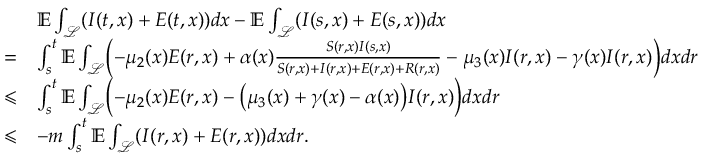
\begin{array} { r l } & { \mathbb { E } \int _ { \mathcal { L } } ( I ( t , x ) + E ( t , x ) ) d x - \mathbb { E } \int _ { \mathcal { L } } ( I ( s , x ) + E ( s , x ) ) d x } \\ { = } & { \int _ { s } ^ { t } \mathbb { E } \int _ { \mathcal { L } } \Bigl ( - \mu _ { 2 } ( x ) E ( r , x ) + \alpha ( x ) \frac { S ( r , x ) I ( s , x ) } { S ( r , x ) + I ( r , x ) + E ( r , x ) + R ( r , x ) } - \mu _ { 3 } ( x ) I ( r , x ) - \gamma ( x ) I ( r , x ) \Bigr ) d x d r } \\ { \leqslant } & { \int _ { s } ^ { t } \mathbb { E } \int _ { \mathcal { L } } \Bigl ( - \mu _ { 2 } ( x ) E ( r , x ) - \bigl ( \mu _ { 3 } ( x ) + \gamma ( x ) - \alpha ( x ) \bigr ) I ( r , x ) \Bigr ) d x d r } \\ { \leqslant } & { - m \int _ { s } ^ { t } \mathbb { E } \int _ { \mathcal { L } } ( I ( r , x ) + E ( r , x ) ) d x d r . } \end{array}